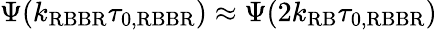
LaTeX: \Psi(k_{\mathrm{RBBR}}\tau_{0,\mathrm{RBBR}})\approx\Psi(2k_{\mathrm{RB}}\tau_{0,\mathrm{RBBR}})